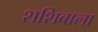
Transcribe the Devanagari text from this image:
शशिबाला